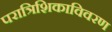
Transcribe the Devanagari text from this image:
परात्रिशिकाविवरण